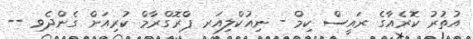
އުތުރު ކޮރެއާގެ ރައީސް ކިމް - ނިއުކްލިއަރ ޕްރޮގްރާމް ކުރިއަށް ގެންދެވި --